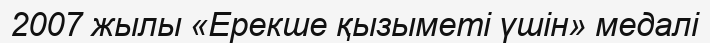
2007 жылы «Ерекше қызыметі үшін» медалі